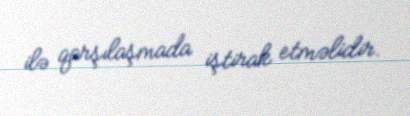
ilə qarşılaşmada iştirak etməlidir.